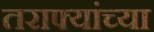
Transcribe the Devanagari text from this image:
तराफ्यांच्या